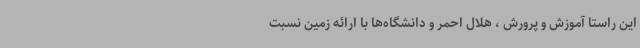
این راستا آموزش و پرورش ، هلال احمر و دانشگاه‌ها با ارائه زمین نسبت